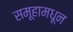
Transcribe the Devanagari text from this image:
समूहामधून